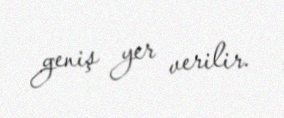
geniş yer verilir.